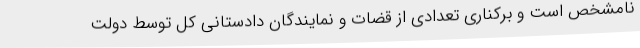
نامشخص است و برکناری تعدادی از قضات و نمایندگان دادستانی کل توسط دولت